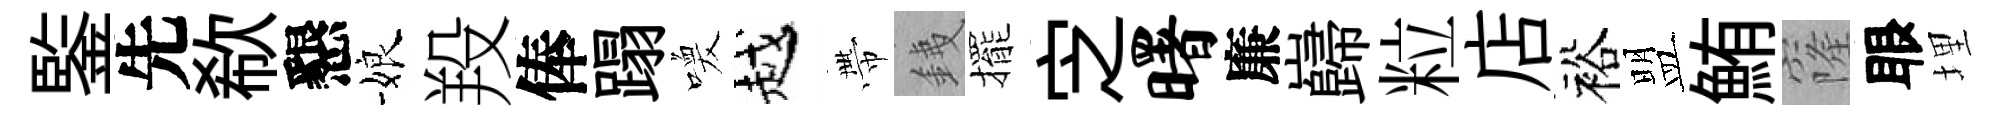
鍳先欷懇娘羖俸蹋喚越帶銕擺㝎曙廉巋粒店裕盟鮪窿眼埋